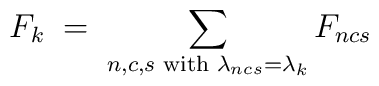
F_k \;=\; \sum_{n,c,s {\mbox{\scriptsize{ with }}} \lambda_{ncs}=\lambda_k}F_{ncs}